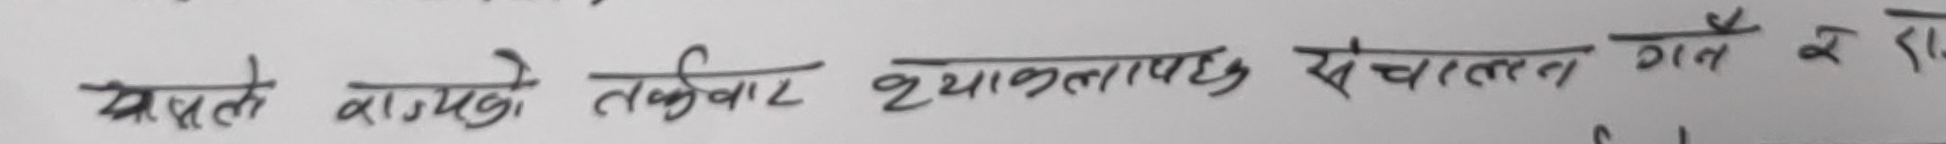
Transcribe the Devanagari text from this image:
यसले राज्यको तर्फबाट व्याख्यात्मक संचालन गर्न र राख्न